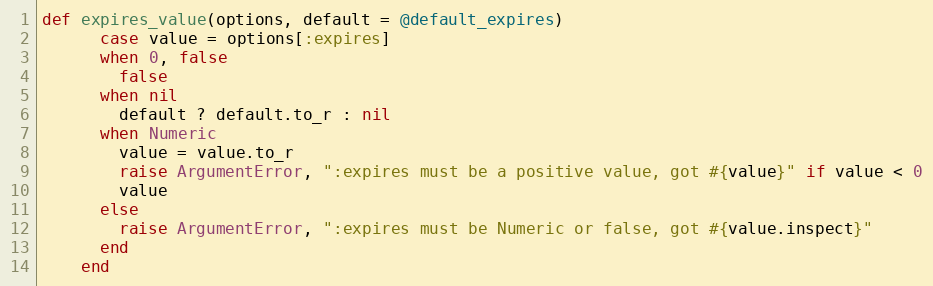
Language: Ruby
def expires_value(options, default = @default_expires)
      case value = options[:expires]
      when 0, false
        false
      when nil
        default ? default.to_r : nil
      when Numeric
        value = value.to_r
        raise ArgumentError, ":expires must be a positive value, got #{value}" if value < 0
        value
      else
        raise ArgumentError, ":expires must be Numeric or false, got #{value.inspect}"
      end
    end